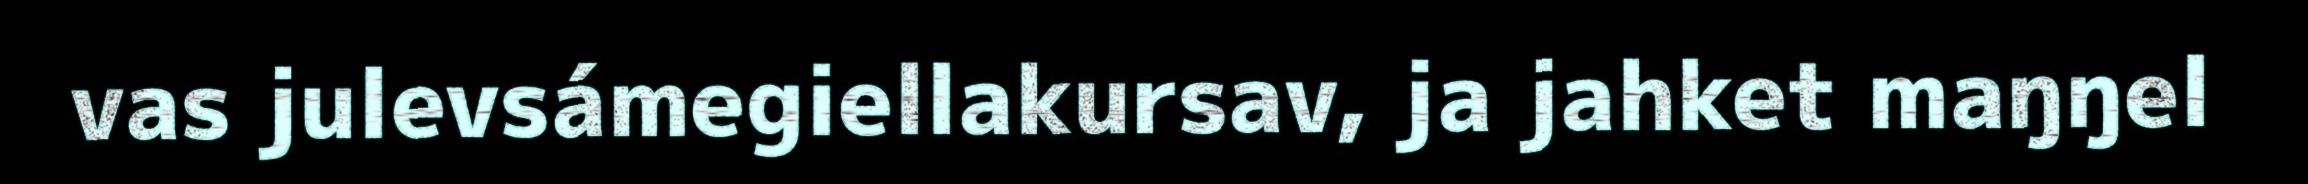
vas julevsámegiellakursav, ja jahket maŋŋel